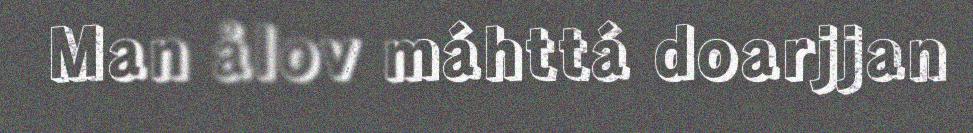
Man ålov máhttá doarjjan